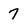
Character: 7